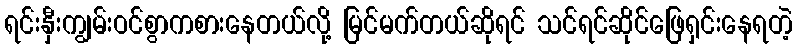
ရင်းနှီးကျွမ်းဝင်စွာကစားနေတယ်လို့ မြင်မက်တယ်ဆိုရင် သင်ရင်ဆိုင်ဖြေရှင်းနေရတဲ့